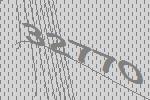
32770